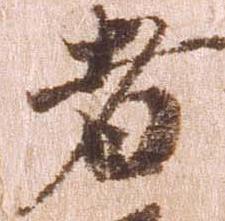
者